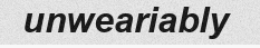
unweariably